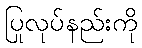
ပြုလုပ်နည်းကို